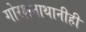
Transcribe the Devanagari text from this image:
गोरक्षनाथानीही